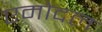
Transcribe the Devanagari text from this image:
एमोदल